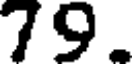
79.